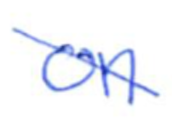
Text: on
Cross-out: diagonal
Writing tool: ballpoint